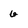
Character: 6